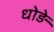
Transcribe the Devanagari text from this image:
धोड़े